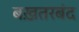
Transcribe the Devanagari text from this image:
बख़तरबंद